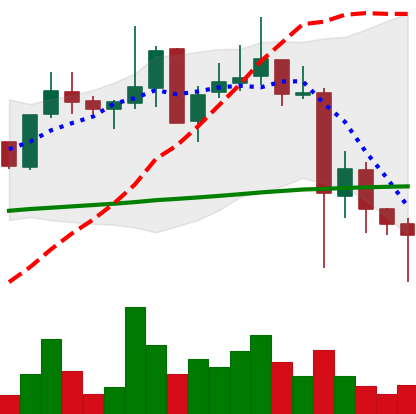
Ticker: XLM-USD
Chart end date: 2021-05-23
Forward return: 8.425%
Label: up_7plus